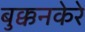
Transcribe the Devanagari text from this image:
बुक्कनकेरे